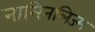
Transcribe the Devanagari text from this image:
नामिनलिज्म